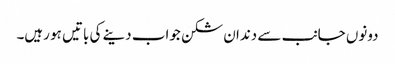
دونوں جانب سے دندان شکن جواب دینے کی باتیں ہو رہیں۔